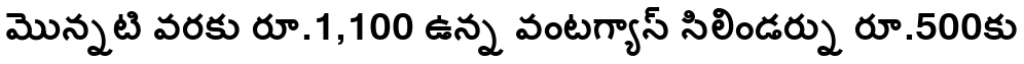
మొన్నటి వరకు రూ.1,100 ఉన్న వంటగ్యాస్ సిలిండర్ను రూ.500కు